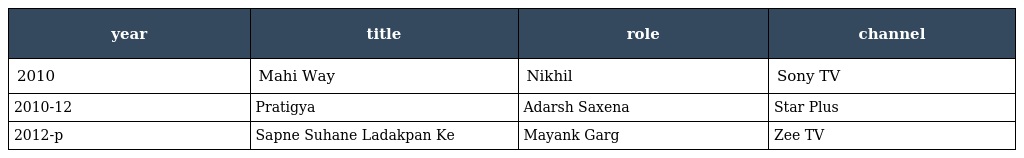
| year | title | role | channel |
 | --- | --- | --- | --- |
 | 2010 | Mahi Way | Nikhil | Sony TV |
 | 2010-12 | Pratigya | Adarsh Saxena | Star Plus |
 | 2012-p | Sapne Suhane Ladakpan Ke | Mayank Garg | Zee TV |